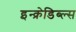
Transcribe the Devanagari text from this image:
इन्क्रेडिब्ल्स